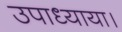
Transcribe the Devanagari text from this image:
उपाध्याया।